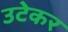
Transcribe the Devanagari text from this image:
उटेकर